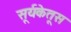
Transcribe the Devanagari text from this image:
सूर्यकेतूस